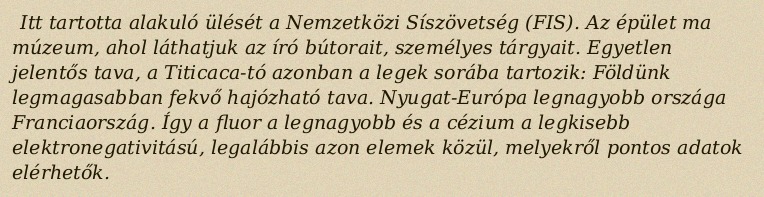
Itt tartotta alakuló ülését a Nemzetközi Síszövetség (FIS). Az épület ma múzeum, ahol láthatjuk az író bútorait, személyes tárgyait. Egyetlen jelentős tava, a Titicaca-tó azonban a legek sorába tartozik: Földünk legmagasabban fekvő hajózható tava. Nyugat-Európa legnagyobb országa Franciaország. Így a fluor a legnagyobb és a cézium a legkisebb elektronegativitású, legalábbis azon elemek közül, melyekről pontos adatok elérhetők.